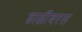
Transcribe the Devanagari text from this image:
डाळींबरस